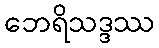
ဘေရိသဒ္ဒဿ